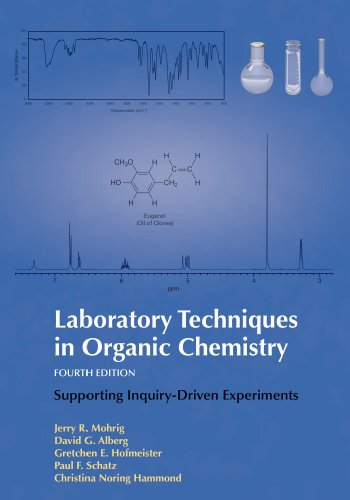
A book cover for Laboratory Techniques in Organic Chemistry; Jerry R. Mohrig; Science & Math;